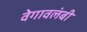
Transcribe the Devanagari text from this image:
वेगावलंबी